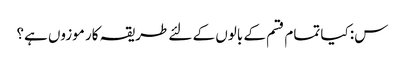
س: کیا تمام قسم کے بالوں کے لئے طریقہ کار موزوں ہے؟